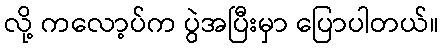
လို့ ကလော့ပ်က ပွဲအပြီးမှာ ပြောပါတယ်။